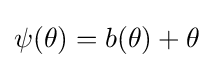
\psi (\theta )=b(\theta )+\theta